Indian journal of veterinary science and animal husbandry - Volumes 28-29, 1958-1959
Year: 1958
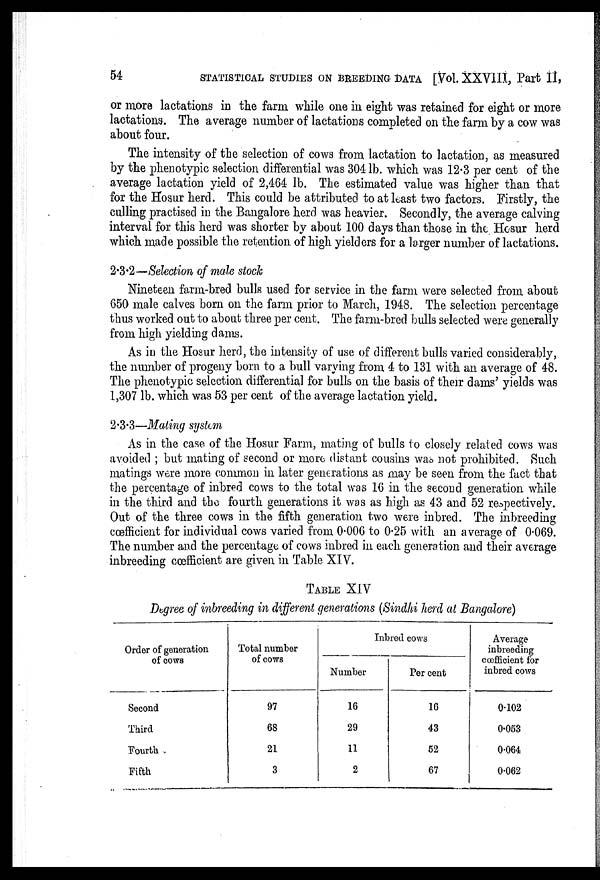
54
STATISTICAL STUDIES ON BREEDING DATA [Vol. XXVIII, Part II,
or more lactations in the farm while one in eight was retained for eight or more
lactations. The average number of lactations completed on the farm by a cow was
about four.
The intensity of the selection of cows from lactation to lactation, as measured
by the phenotypic selection differential was 304 lb. which was 12.3 per cent of the
average lactation yield of 2,464 lb. The estimated value was higher than that
for the Hosur herd. This could be attributed to at least two factors. Firstly, the
culling practised in the Bangalore herd was heavier. Secondly, the average calving
interval for this herd was shorter by about 100 days than those in the Hosur herd
which made possible the retention of high yielders for a larger number of lactations.
2.3.2—Selection of male stock
Nineteen farm-bred bulls used for service in the farm were selected from about
650 male calves born on the farm prior to March, 1948. The selection percentage
thus worked out to about three per cent. The farm-bred bulls selected were generally
from high yielding dams.
As in the Hosur herd, the intensity of use of different bulls varied considerably,
the number of progeny born to a bull varying from. 4 to 131 with an average of 48.
The phenotypic selection differential for bulls on the basis of their dams' yields was
1,307 lb. which was 53 per cent of the average lactation yield.
2.3.3—Mating system
As in the case of the Hosur Farm, mating of bulls to closely related cows was
avoided ; but mating of second or more distant cousins was not prohibited. Such
matings were more common in later generations as may be seen from the fact that
the percentage of inbred cows to the total was 16 in the second generation while
in the third and the fourth generations it was as high as 43 and 52 respectively.
Out of the three cows in the fifth generation two were inbred. The inbreeding
coefficient for individual cows varied from 0.006 to 0.25 with an average of 0.069.
The number and the percentage of cows inbred in each generation and their average
inbreeding coefficient are given in Table XIV.
TABLE XIV
Degree of inbreeding in different generations (Sindhi herd at Bangalore)
Order of generation
of cows
Second
Third
Fourth
Fifth
Total number
of cows
97
68
21
3
Inbred cows
Number
16
29
11
2
Per cent
16
43
52
67
Average
inbreeding
cœfficient for
inbred cows
0.102
0.053
0.064
0.062